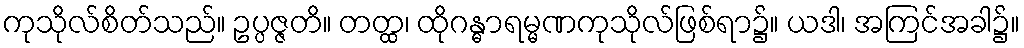
ကုသိုလ်စိတ်သည်။ ဥပ္ပဇ္ဇတိ။ တတ္ထ၊ ထိုဂန္ဓာရမ္မဏကုသိုလ်ဖြစ်ရာ၌။ ယဒါ၊ အကြင်အခါ၌။